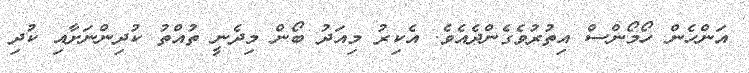
އަންހެން ހޯމޯންސް އިތުރުވެގެންދެއެވެ. އެކިރު މިއަދު ބޯން މިދެނީ ތުއްތު ކުދިންނަށާއި ކުދި